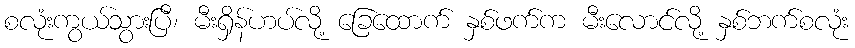
စလုံးကွယ်သွားပြီ၊ မီးရှိန်ဟပ်လို့ ခြေထောက် နှစ်ဖက်က မီးလောင်လို့ နှစ်ဘက်စလုံး